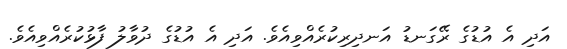
އަދި އެ އުޑުގެ ރޭގަނޑު އަނދިރިކުރެއްވިއެވެ. އަދި އެ އުޑުގެ ދުވާލު ފާޅުކުރެއްވިއެވެ.